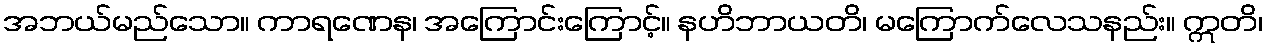
အဘယ်မည်သော။ ကာရဏေန၊ အကြောင်းကြောင့်။ နဟိဘာယတိ၊ မကြောက်လေသနည်း။ ဣတိ၊